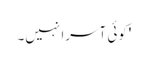
'کوئی آسرا نہیں۔